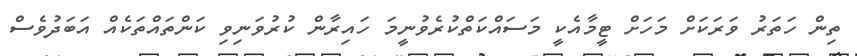
ތިން ހަތަރު ވަރަކަށް މަހަށް ޓީމާއެކީ މަސައްކަތްކުރެވުނީމަ ހައިރާން ކުރުވަނިވި ކަންތައްތަކެއް އަބަދުވެސް